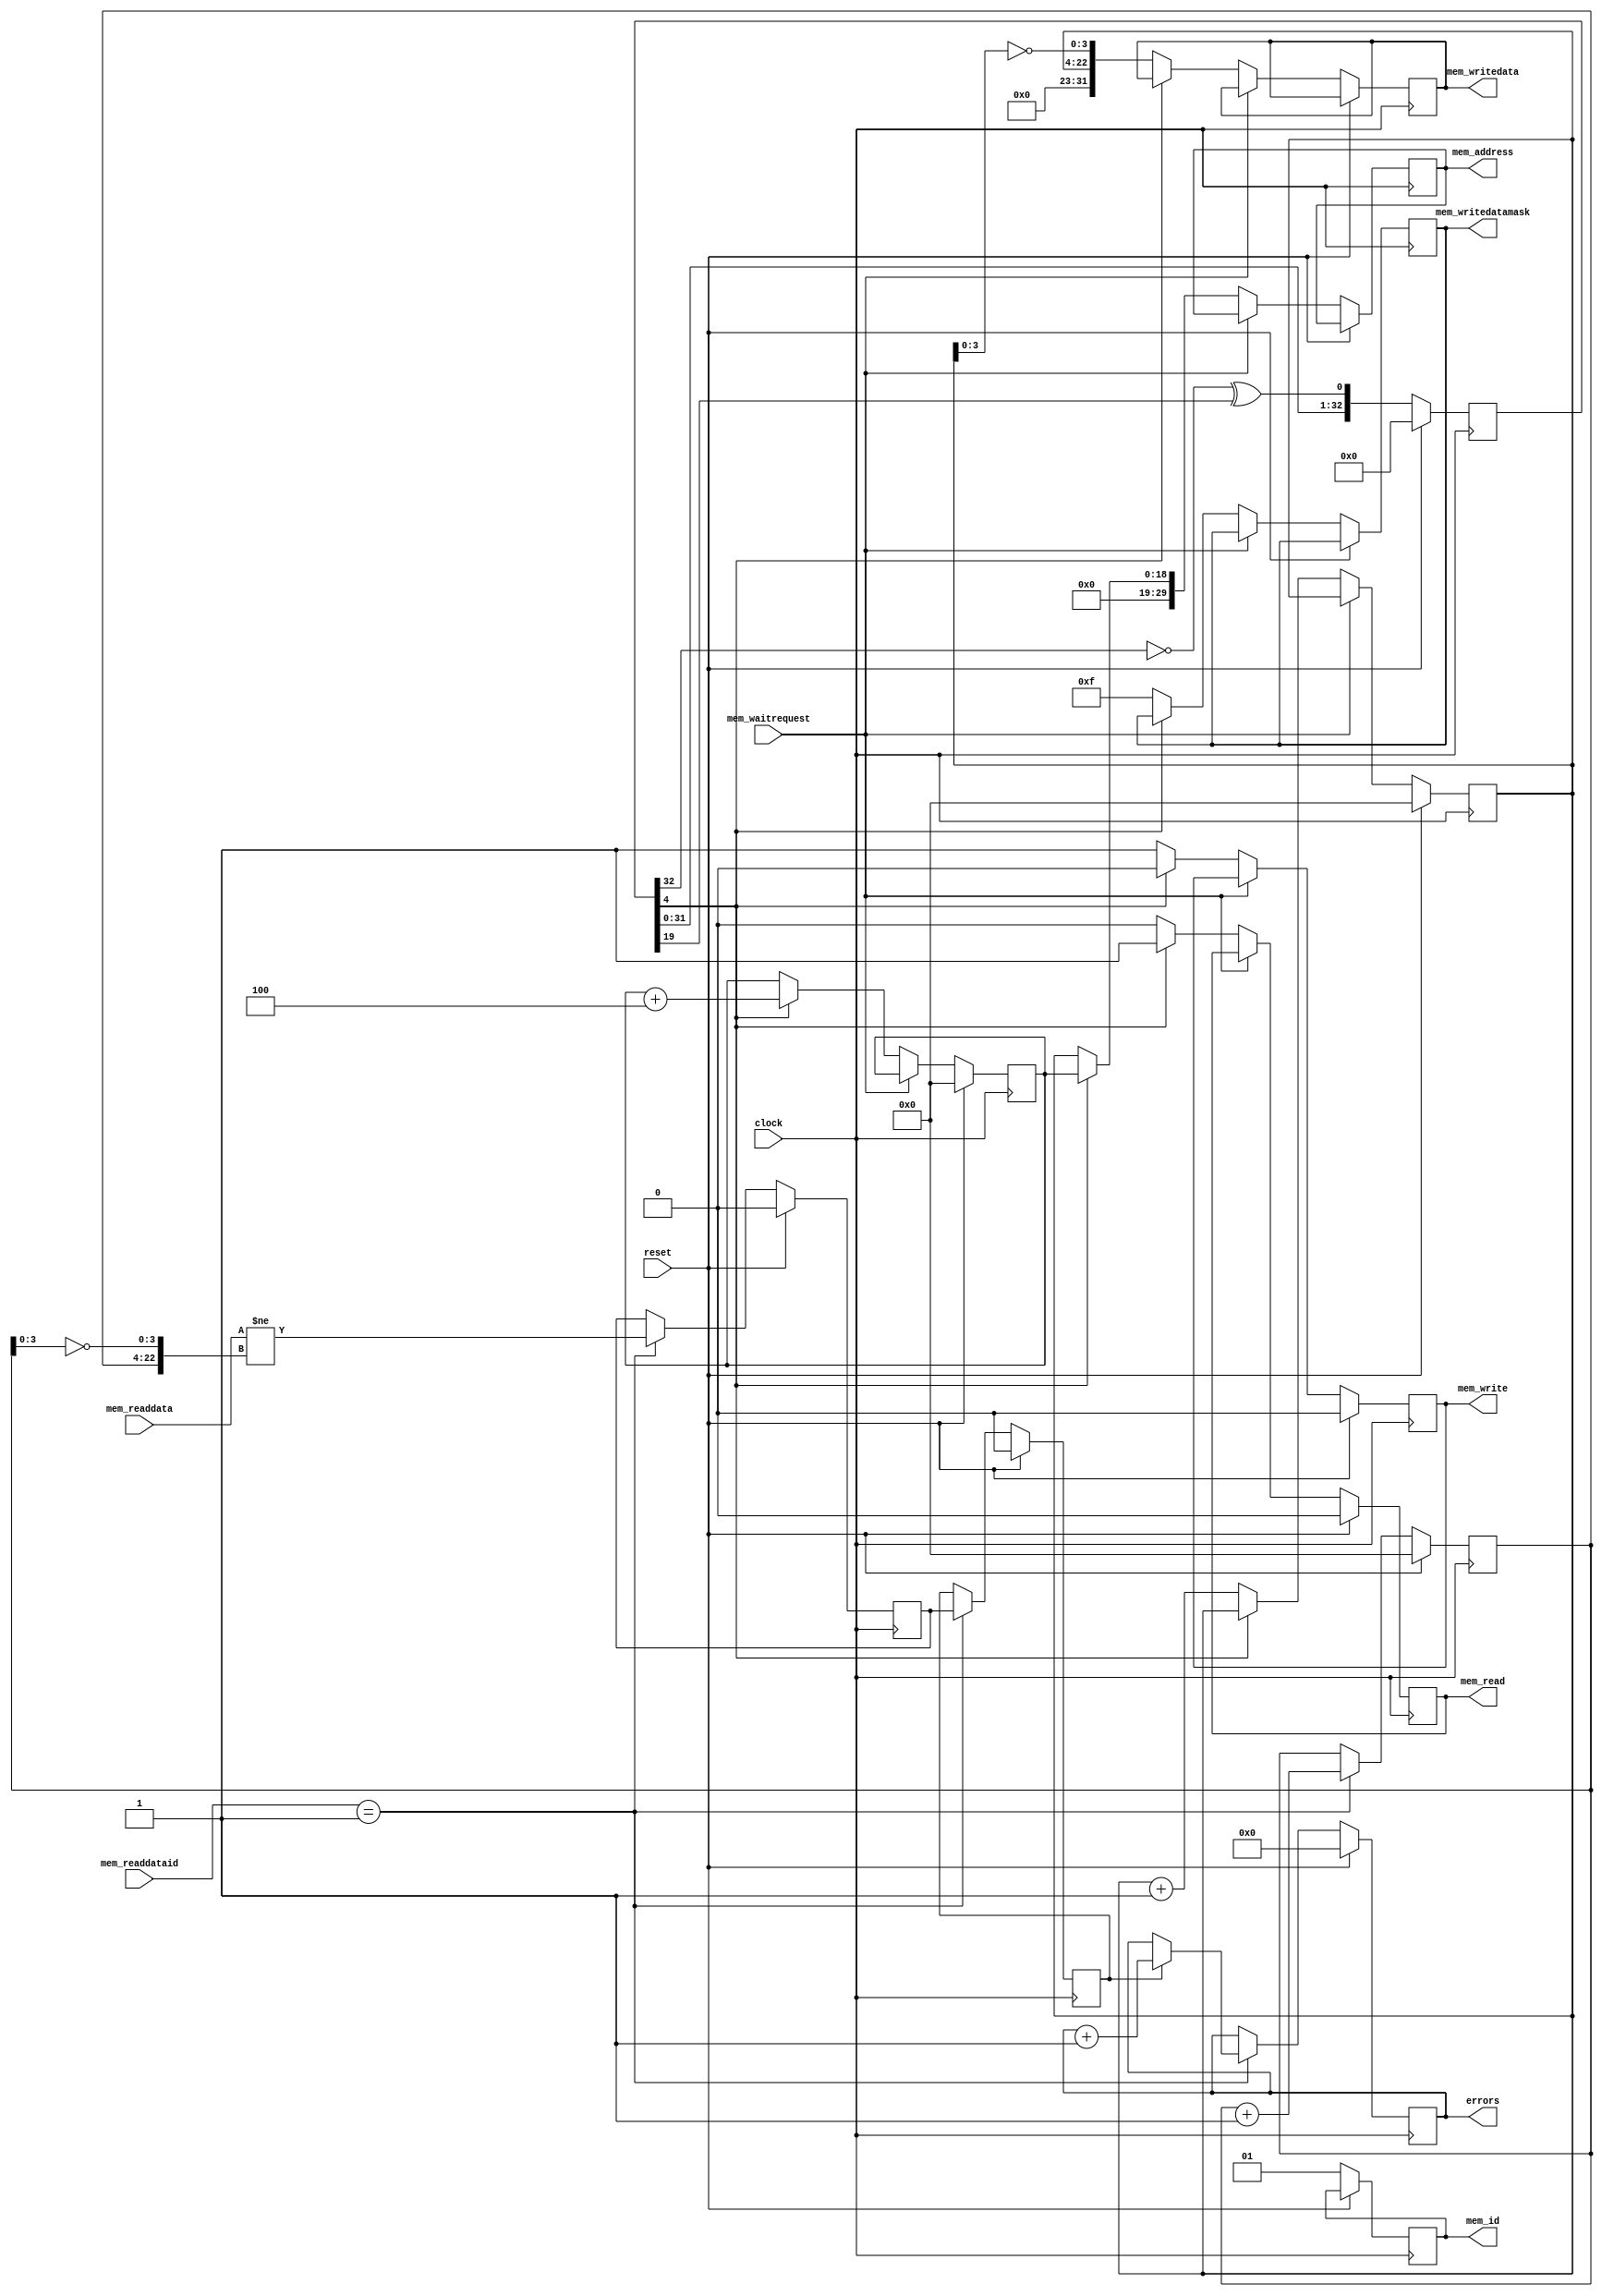
module dummy_master(
            input  wire           clock          // K5  PLL1 input clock (50 MHz)
           ,input  wire           reset

            // Memory access
           ,input                 mem_waitrequest
           ,output reg      [1:0] mem_id = 1
           ,output reg     [29:0] mem_address = 0
           ,output reg            mem_read = 0
           ,output reg            mem_write = 0
           ,output reg     [31:0] mem_writedata = 0
           ,output reg      [3:0] mem_writedatamask = 0
           ,input          [31:0] mem_readdata
           ,input           [1:0] mem_readdataid


           ,output reg     [31:0] errors = 0
           );

   reg [18:0] wp = 0, rp = 0, vp = 0;
   reg [31:0] data = 0;
   reg [32:0] lfsr = 0;
   reg mismatch_pre = 0, mismatch = 0;

   always @(posedge clock) if (reset) begin
      wp <= 0;
      rp <= 0;
      vp <= 0;
      lfsr <= 0;
      errors <= 0;
      mem_read <= 0;
      mem_write <= 0;
      mismatch_pre <= 0;
      mismatch <= 0;
   end else begin
      mem_id <= 1;

      lfsr <= {lfsr[31:0], ~lfsr[32] ^ lfsr[19]};

      if (mem_readdataid == 1) begin
         // Delay to help fMAX
         mismatch_pre <= mem_readdata != {vp,~vp[3:0]};
         mismatch <= mismatch_pre;
         if (mismatch)
            errors <= errors + 1;
         vp <= vp + 1;
      end

      if (~mem_waitrequest) begin
         mem_read          <= 0;
         mem_write         <= 0;

         if (~lfsr[4]) begin
            mem_writedata     <= {wp, ~wp[3:0]};

            mem_writedatamask <= /*lfsr[4:1]*/ ~0;
            mem_write        <= 1;
            mem_address      <= wp;
            wp               <= wp + 1;
         end else begin
            mem_read         <= 1;
            mem_address      <= rp;
            rp               <= rp + 4;
         end
      end
   end
endmodule